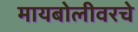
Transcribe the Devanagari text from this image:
मायबोलीवरचे